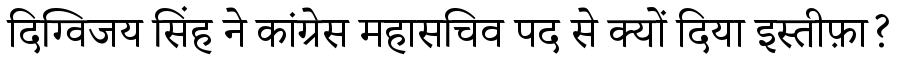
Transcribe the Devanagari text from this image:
दिग्विजय सिंह ने कांग्रेस महासचिव पद से क्यों दिया इस्तीफ़ा?